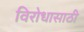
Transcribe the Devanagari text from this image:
विरोधासाठी